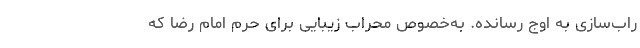
راب‌سازی به اوج رسانده. به‌خصوص محراب زیبایی برای حرم امام رضا که